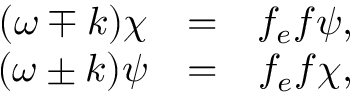
\begin{array} { r c r } { { ( \omega \mp k ) \chi } } & { { = } } & { { f _ { e } f \psi , } } \\ { { ( \omega \pm k ) \psi } } & { { = } } & { { f _ { e } f \chi , } } \end{array}